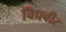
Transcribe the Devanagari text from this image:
विप्रवीर